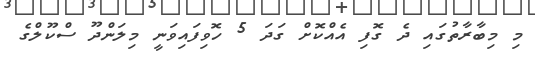
މި މިބާރާތުގައި ދެ ގޮފި އެއްކޮށް ގަދަ 5 ހޮވިފައިވަނީ މިލަންދޫ ސްކޫލްގެ